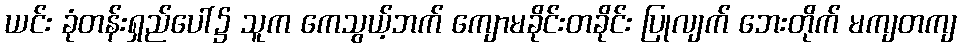
ယင်း ခုံတန်းရှည်ပေါ်၌ သူက ကေသွယ့်ဘက် ကျောမခိုင်းတခိုင်း ပြုလျက် ဘေးတိုက် မကျတကျ